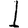
Digit: 1